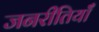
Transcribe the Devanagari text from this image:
जनरीतियाँ